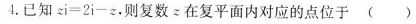
4.已知$$z i = 2 i - z$$，则复数z在复平面内对应的点位于 ( )